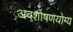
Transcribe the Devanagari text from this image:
अवशोषणयोग्य